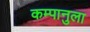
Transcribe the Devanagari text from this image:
कम्पानुला